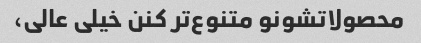
محصولاتشونو متنوع‌تر کنن خیلی عالی،